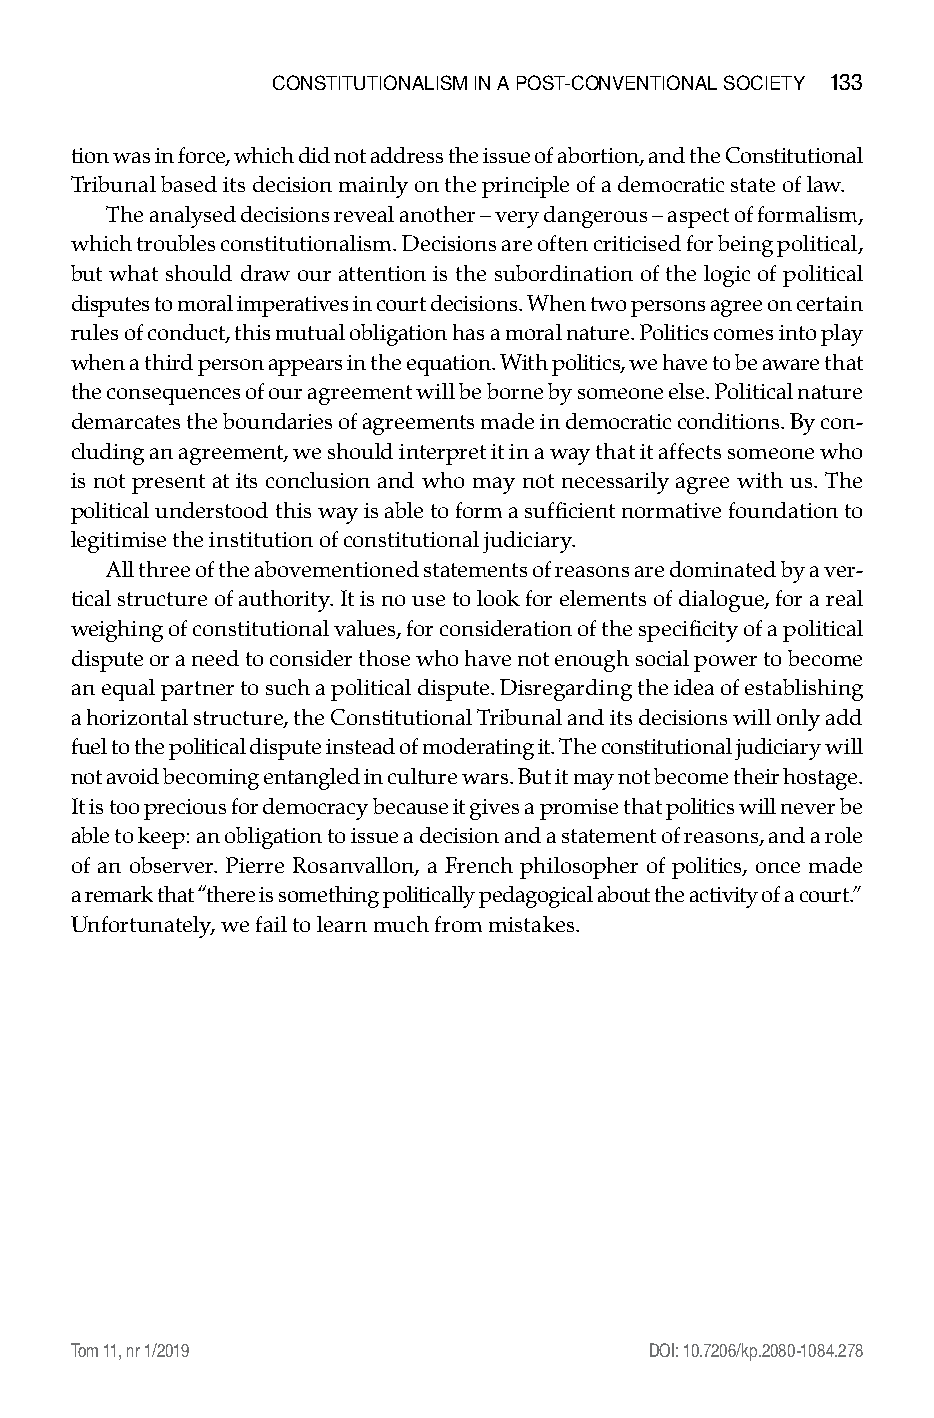
constitutionalisM in a Post-conventional society 133
 tion was in force, which did not address the issue of abortion, and the Constitutional
 Tribunal based its decision mainly on the principle of a democratic state of law.
 The analysed decisions reveal another – very dangerous – aspect of formalism,
 which troubles constitutionalism. Decisions are often criticised for being political,
 but what should draw our attention is the subordination of the logic of political
 disputes to moral imperatives in court decisions. When two persons agree on certain
 rules of conduct, this mutual obligation has a moral nature. Politics comes into play
 when a third person appears in the equation. With politics, we have to be aware that
 the consequences of our agreement will be borne by someone else. Political nature
 demarcates the boundaries of agreements made in democratic conditions. By con-
 cluding an agreement, we should interpret it in a way that it affects someone who
 is not present at its conclusion and who may not necessarily agree with us. The
 political understood this way is able to form a sufficient normative foundation to
 legitimise the institution of constitutional judiciary.
 All three of the abovementioned statements of reasons are dominated by a ver-
 tical structure of authority. It is no use to look for elements of dialogue, for a real
 weighing of constitutional values, for consideration of the specificity of a political
 dispute or a need to consider those who have not enough social power to become
 an equal partner to such a political dispute. Disregarding the idea of establishing
 a horizontal structure, the Constitutional Tribunal and its decisions will only add
 fuel to the political dispute instead of moderating it. The constitutional judiciary will
 not avoid becoming entangled in culture wars. But it may not become their hostage.
 It is too precious for democracy because it gives a promise that politics will never be
 able to keep: an obligation to issue a decision and a statement of reasons, and a role
 of an observer. Pierre Rosanvallon, a French philosopher of politics, once made
 a remark that “there is something politically pedagogical about the activity of a court.”
 Unfortunately, we fail to learn much from mistakes.
 Tom 11, nr 1/2019                      DOI: 10.7206/kp.2080-1084.278